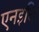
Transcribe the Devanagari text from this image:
एनइचि